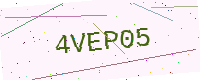
Text: 4VEP05